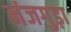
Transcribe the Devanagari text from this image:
नंजगुड़ा